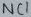
Text: NC1